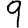
Digit: 9